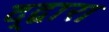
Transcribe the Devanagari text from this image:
द्द्वारा